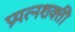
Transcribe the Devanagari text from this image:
प्रयत्‍नशक्ती